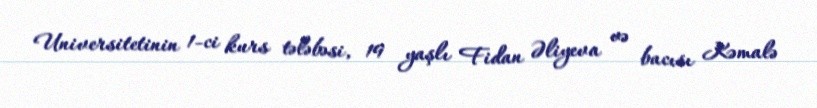
Universitetinin 1-ci kurs tələbəsi, 19 yaşlı Fidan Əliyeva və bacısı Kəmalə